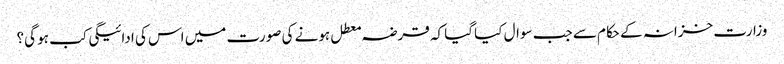
وزارت خزانہ کے حکام سے جب سوال کیا گیا کہ قرضہ معطل ہونے کی صورت میں اس کی ادائیگی کب ہو گی؟